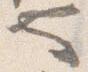
也